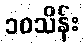
၁၀သိန်း